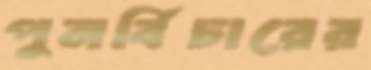
পুনর্বিচারের